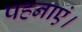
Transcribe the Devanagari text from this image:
पहनाएं।